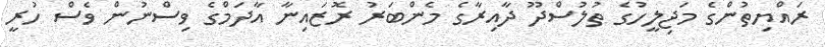
ރައްޔިތުންގެ މަޖިލީހުގެ ތުލުސްދޫ ދާއިރާގެ މެންބަރު ރޮޒައިނާ އާދަމްގެ ވިސްނުން ވެސް ހުރީ